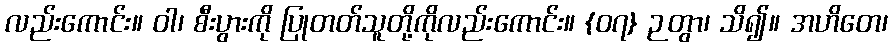
လည်းကောင်း။ ဝါ၊ စီးပွားကို ပြုတတ်သူတို့ကိုလည်းကောင်း။ {၀၇} ဉတွာ၊ သိ၍။ အဟိတေ၊